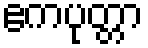
ဧကပုတ္တာ